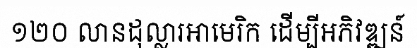
១២០ លានដុល្លារអាមេរិក ដើម្បីអភិវឌ្ឍន៍